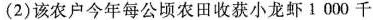
(2)该农户今年每公顷农田收获小龙虾1000千